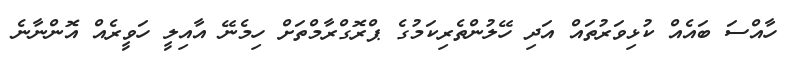
ހާއްސަ ބައެއް ކުޅިވަރުތައް އަދި ހޭލުންތެރިކަމުގެ ޕްރޮގްރާމްތަށް ހިމެނޭ އާއިލީ ހަވީރެއް އޮންނާނެ